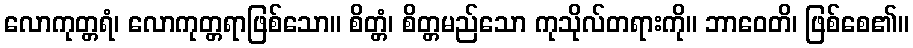
လောကုတ္တရံ၊ လောကုတ္တရာဖြစ်သော။ စိတ္တံ၊ စိတ္တမည်သော ကုသိုလ်တရားကို။ ဘာဝေတိ၊ ဖြစ်စေ၏။